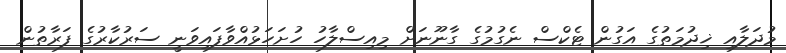
މުދަލާއި ޚިދުމަތުގެ އަގުން ޓެކްސް ނެގުމުގެ ގާނޫނަށް މިއިސްލާހު ހުށަހަޅުއްވާފައިވަނީ ސަރުކާރުގެ ފަރާތުން